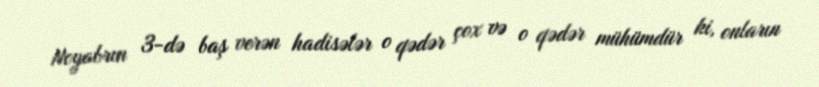
Noyabrın 3-də baş verən hadisələr o qədər çox və o qədər mühümdür ki, onların